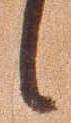
候